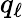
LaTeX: q_{\ell}